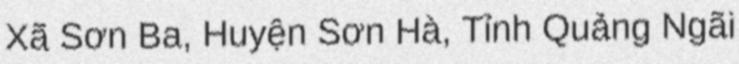
Xã Sơn Ba, Huyện Sơn Hà, Tỉnh Quảng Ngãi